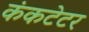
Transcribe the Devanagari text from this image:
कंकटेटर